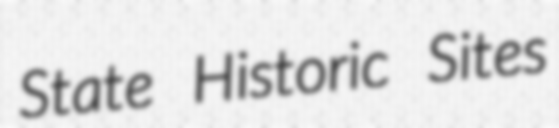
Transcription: State Historic Sites